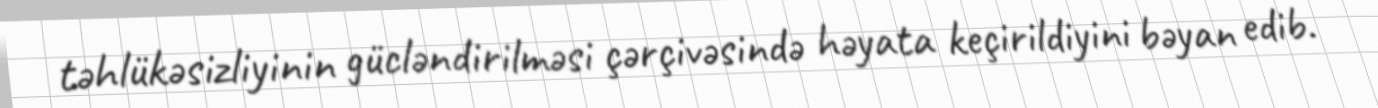
təhlükəsizliyinin gücləndirilməsi çərçivəsində həyata keçirildiyini bəyan edib.